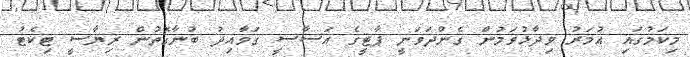
މިކަމުގައި އުމަރު ވިދާޅުވަމުން ގެންދަވަނީ ޕާޓީގެ އަސާސީ ގަވާއިދު ބުނާގޮތުން ރިޔާސީ ޓިކެޓު